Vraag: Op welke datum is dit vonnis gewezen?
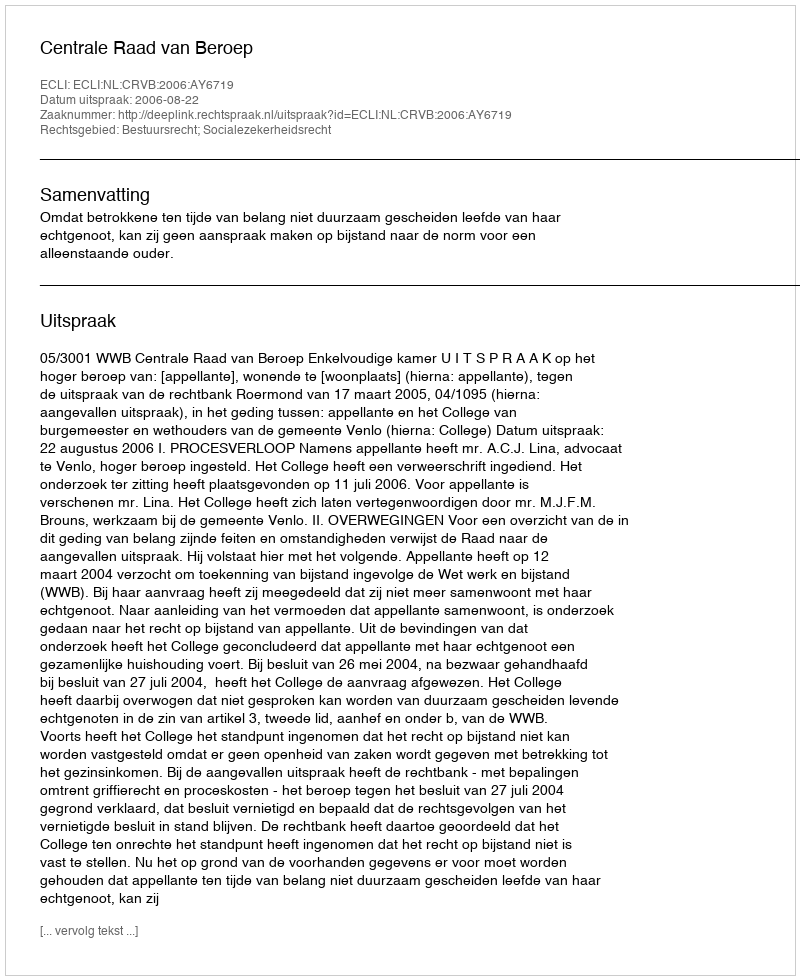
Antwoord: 2006-08-22